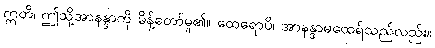
ဣတိ၊ ဤသို့အာနန္ဒာကို မိန့်တော်မူ၏။ ထေရောပိ၊ အာနန္ဒာမထေရ်သည်လည်း။